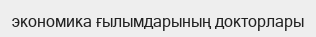
экономика ғылымдарының докторлары